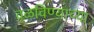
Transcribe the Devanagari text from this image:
वळविण्याच्या